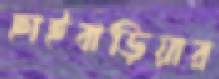
ছাইবাড়িয়ার